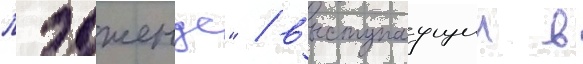
лэджендс" / выступаущии в